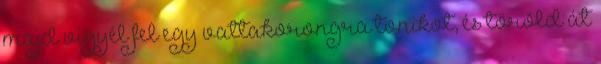
majd vigyél fel egy vattakorongra tonikot, és töröld át